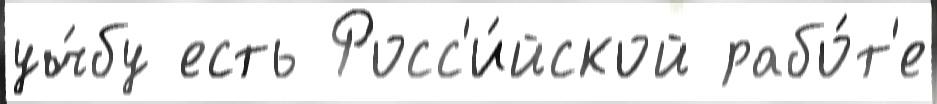
уч́бу есть Росс'и́йской рабо́т'е